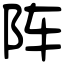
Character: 阵